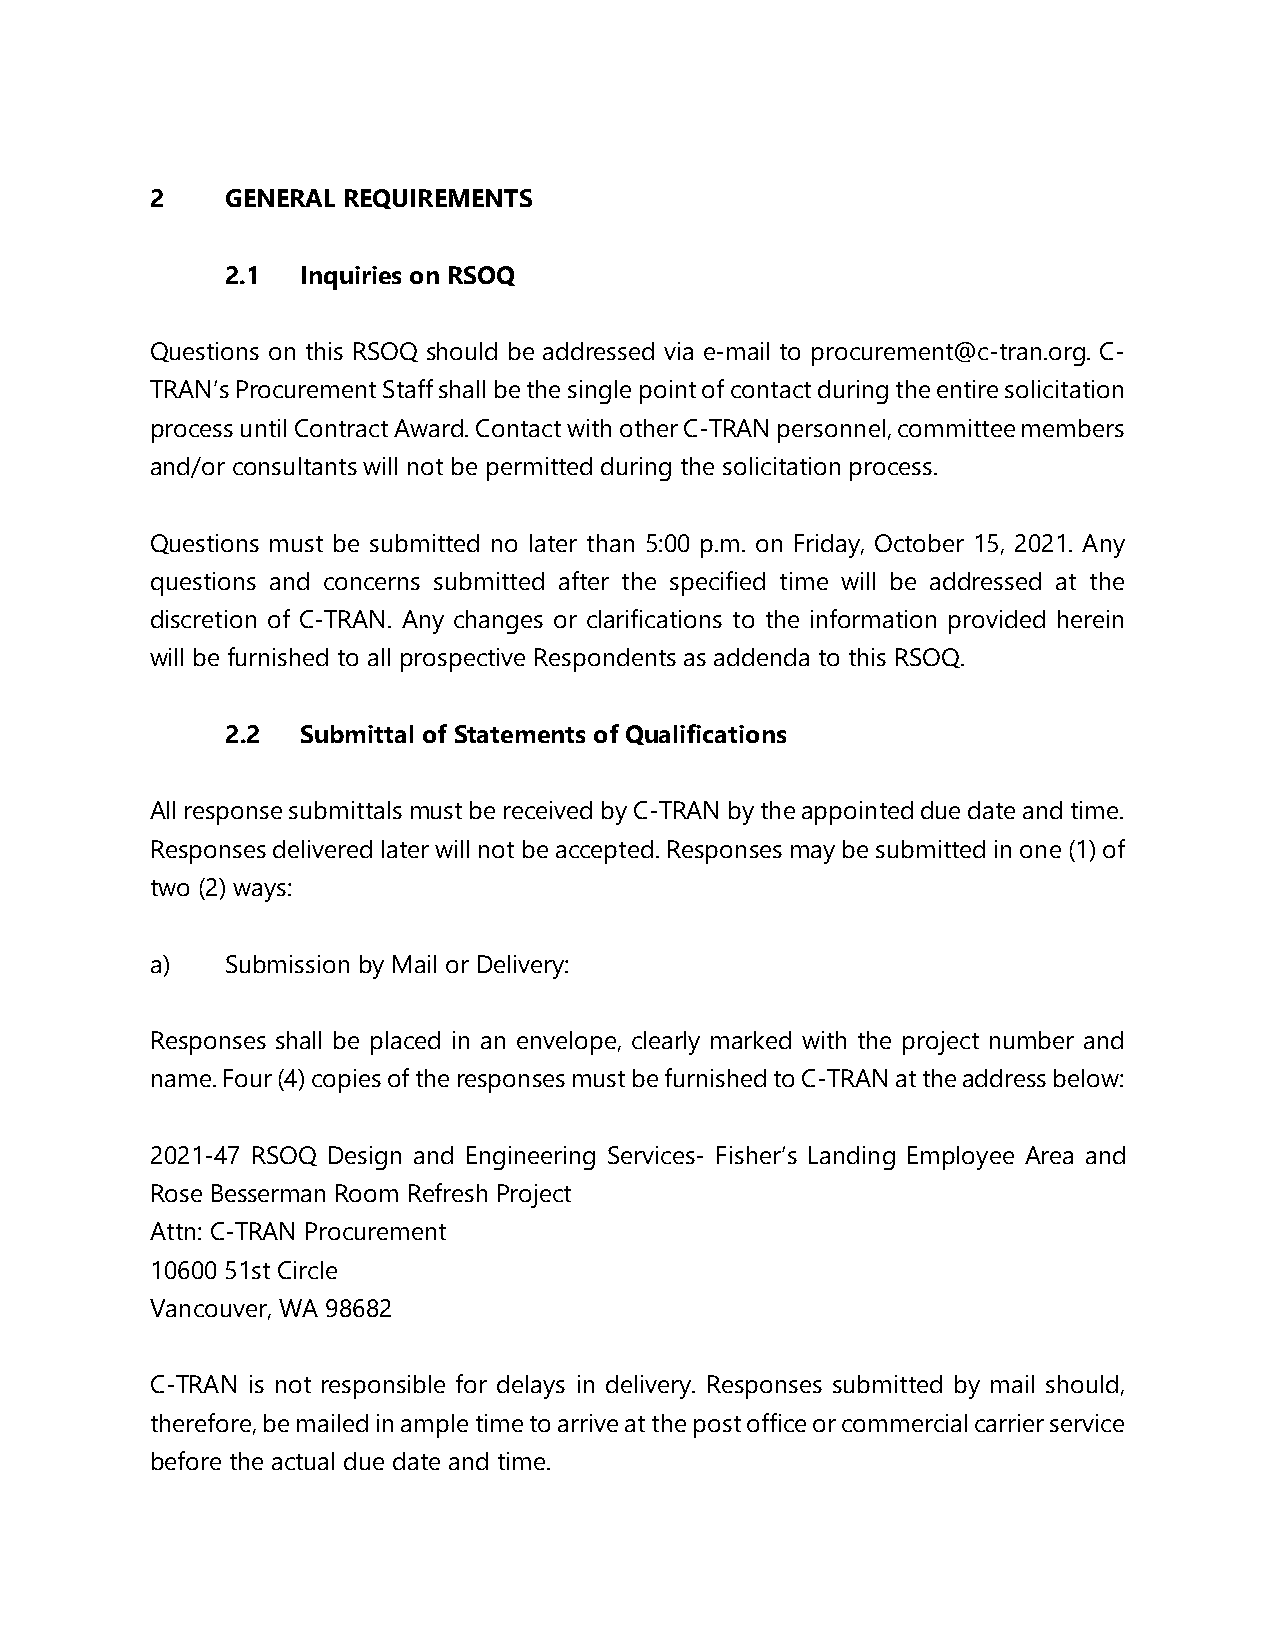
2    GENERAL REQUIREMENTS
 2.1  Inquiries on RSOQ
 Questions on this RSOQ should be addressed via e-mail to procurement@c-tran.org. C-
 TRAN’s Procurement Staff shall be the single point of contact during the entire solicitation
 process until Contract Award. Contact with other C-TRAN personnel, committee members
 and/or consultants will not be permitted during the solicitation process.
 Questions must be submitted no later than 5:00 p.m. on Friday, October 15, 2021. Any
 questions and concerns submitted after the specified time will be addressed at the
 discretion of C-TRAN. Any changes or clarifications to the information provided herein
 will be furnished to all prospective Respondents as addenda to this RSOQ.
 2.2  Submittal of Statements of Qualifications
 All response submittals must be received by C-TRAN by the appointed due date and time.
 Responses delivered later will not be accepted. Responses may be submitted in one (1) of
 two (2) ways:
 a)   Submission by Mail or Delivery:
 Responses shall be placed in an envelope, clearly marked with the project number and
 name. Four (4) copies of the responses must be furnished to C-TRAN at the address below:
 2021-47 RSOQ Design and Engineering Services- Fisher’s Landing Employee Area and
 Rose Besserman Room Refresh Project
 Attn: C-TRAN Procurement
 10600 51st Circle
 Vancouver, WA 98682
 C-TRAN is not responsible for delays in delivery. Responses submitted by mail should,
 therefore, be mailed in ample time to arrive at the post office or commercial carrier service
 before the actual due date and time.